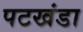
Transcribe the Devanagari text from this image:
पटखंडा